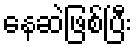
နေဆဲဖြစ်ပြီး